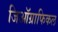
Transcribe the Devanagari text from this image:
जिऑग्राफिकल